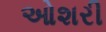
ઓશરી